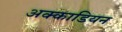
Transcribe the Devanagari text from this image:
अक्काडियन